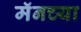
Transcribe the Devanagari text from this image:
मॅनच्या